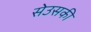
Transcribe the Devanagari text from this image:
सेउसकी